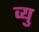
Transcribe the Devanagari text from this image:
व्यु